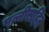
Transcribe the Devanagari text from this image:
पत्नीसहित